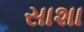
સાશા